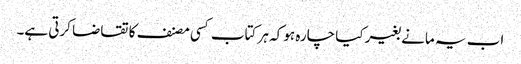
اب یہ مانے بغیر کیا چارہ ہو کہ ہر کتاب کسی مصنف کا تقاضا کرتی ہے۔